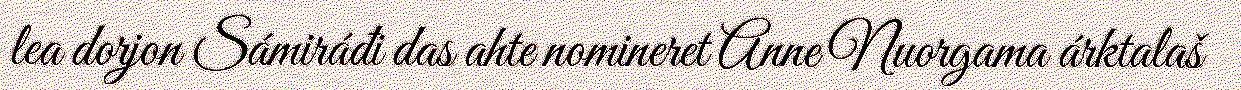
lea dorjon Sámiráđi das ahte nomineret Anne Nuorgama árktalaš